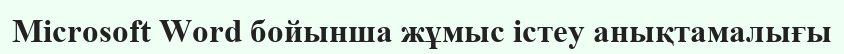
Microsoft Word бойынша жұмыс істеу анықтамалығы